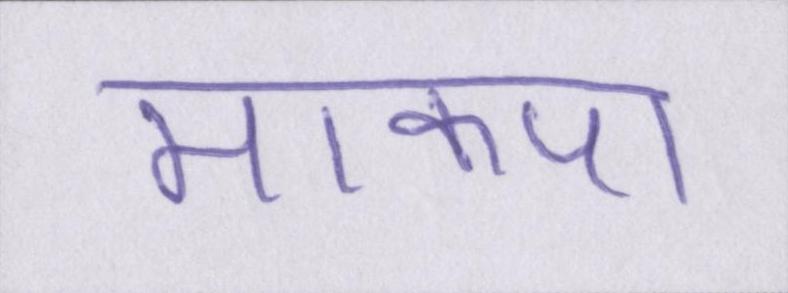
माकपा